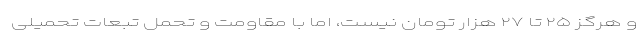
و هرگز ۲۵ تا ۲۷ هزار تومان نیست، اما با مقاومت و تحمل تبعات تحمیلی